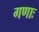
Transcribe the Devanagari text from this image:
गणाः